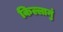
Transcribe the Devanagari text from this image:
किल्लानुं